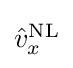
{\textstyle {\hat {v}}_{x}^{\text{NL}}}